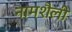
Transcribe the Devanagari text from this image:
नामशैली